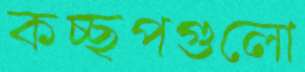
কচ্ছপগুলো